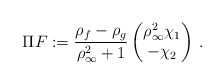
\begin{align*}\Pi F := \frac{\rho_f - \rho_g}{\rho_\infty^2 + 1}\begin{pmatrix} \rho_\infty^2 \chi_1\\ - \chi_2 \end{pmatrix}\,.\end{align*}